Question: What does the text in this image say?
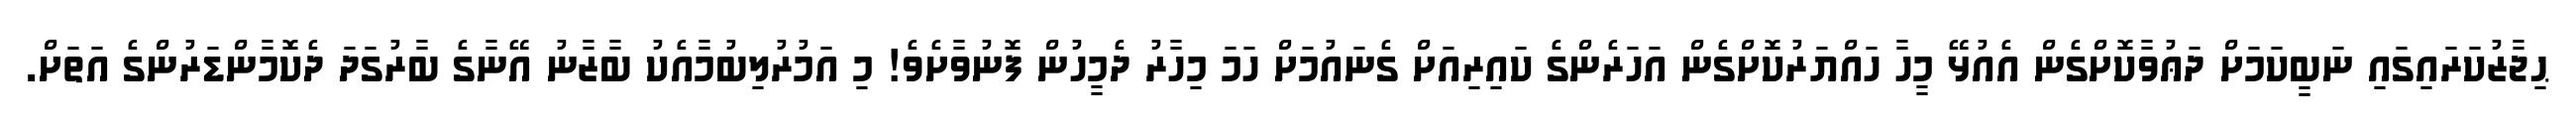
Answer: ޙިޖާޒުކަރައިގައި ނަބީކަމަށް ދަޢުވާކޮށްގެން އެއުޅޭ މީހާ ހައްޔަރުކޮށްގެން އަހަރެންގެ ކައިރިއަށް ގެނައުމަށް ހަމަ މިހާރު ދެމީހުން ފޮނުވާށެވެ! މި އަމުރުލިބުމާއެކު ބާޒާނު އޭނާގެ ބާރުގަދަ ދެކޮމާންޑަރުންގެ އަތަށް.